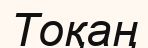
Тоқаң